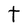
Character: t